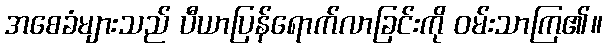
အစေခံများသည် ပီယာပြန်ရောက်လာခြင်းကို ဝမ်းသာကြ၏။